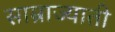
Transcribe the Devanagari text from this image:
साम्राज्याती